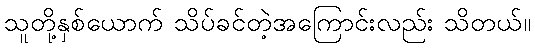
သူတို့နှစ်ယောက် သိပ်ခင်တဲ့အကြောင်းလည်း သိတယ်။